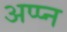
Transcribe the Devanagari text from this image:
अप्प्न